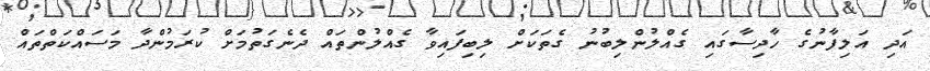
އަދި އަލިފާނުގެ ހާދިސާގައި ގެއްލުންލިބުނު ގެތަކަށް ލިބިފައިވާ ގެއްލުންތައް ދެނެގަތުމަށް ކުރަމުންދާ މަސައްކަތްތައް